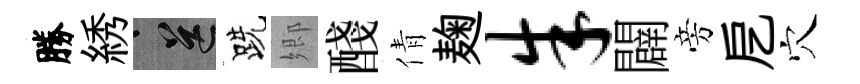
勝綉送跣郷醆倩麹朱闢旁戹穴